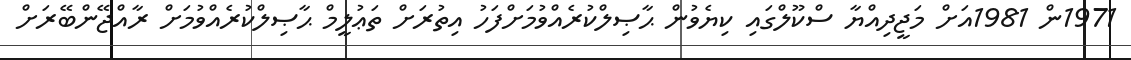
1971ން 1981އަށް މަޖީދިއްޔާ ސްކޫލްގައި ކިޔެވުން ޙާޞިލްކުރެއްވުމަށްފަހު އިތުރަށް ތަޢުލީމް ޙާޞިލްކުރެއްވުމަށް ރާއްޖޭންބޭރަށް